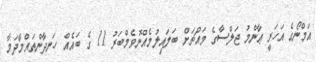
އަމްނޯގެ އަހަރީ ޢާންމު ޖަލްސާގެ މައްޗަށް ބަލައިލުމެއްނޮވެމްބަރު 11 ގެ ބައެއް ހަނދާންތައްމާދަމާ